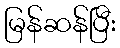
မြန်ဆန်ပြီး